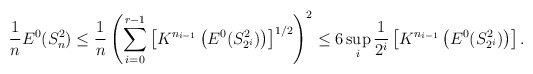
\begin{align*}\frac{1}{n}E^{0}(S_{n}^{2})\leq\frac{1}{n}\left( \sum_{i=0}^{r-1}\left[K^{n_{i-1}}\left( E^{0}(S_{2^{i}}^{2})\right) \right] ^{1/2}\right)^{2}\leq6\sup_{i}\frac{1}{2^{i}}\left[ K^{n_{i-1}}\left( E^{0}(S_{2^{i}}^{2})\right) \right] . \end{align*}